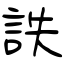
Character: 詄